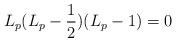
LaTeX: \begin{align*}L_p(L_p-\frac{1}{2})(L_p-1)=0\end{align*}